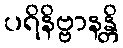
ပရိနိဗ္ဗာနန္တိ